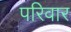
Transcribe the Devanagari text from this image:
परिवार